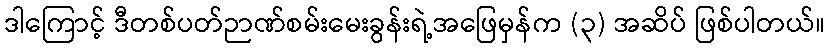
ဒါကြောင့် ဒီတစ်ပတ်ဉာဏ်စမ်းမေးခွန်းရဲ့အဖြေမှန်က (၃) အဆိပ် ဖြစ်ပါတယ်။